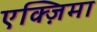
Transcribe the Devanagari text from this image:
एक्ज़िमा